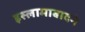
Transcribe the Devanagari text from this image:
इस्लामाबादने